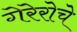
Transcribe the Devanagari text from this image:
गेरेरोचे